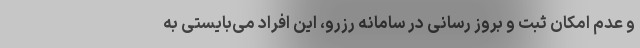
و عدم امکان ثبت و بروز رسانی در سامانه رزرو، این افراد می‌بایستی به